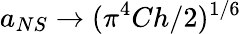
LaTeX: a_{NS}\rightarrow(\pi^{4}Ch/2)^{1/6}